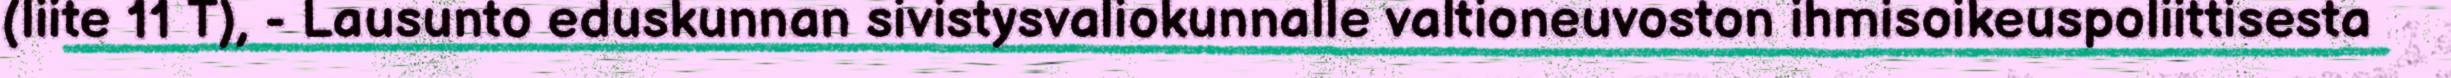
(liite 11 T), - Lausunto eduskunnan sivistysvaliokunnalle valtioneuvoston ihmisoikeuspoliittisesta